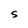
Character: S